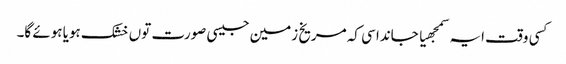
کسی وقت ایہ سمجھیا جاندا سی کہ مریخ زمین جیسی صورت تو‏ں خشک ہویا ہوئے گا۔